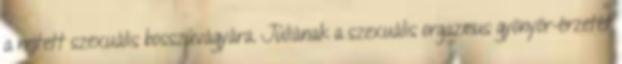
a rejtett szexuális bosszúvágyára. Júliának a szexuális orgazmus gyönyör-érzetét